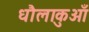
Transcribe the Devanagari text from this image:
धौलाकुआँ